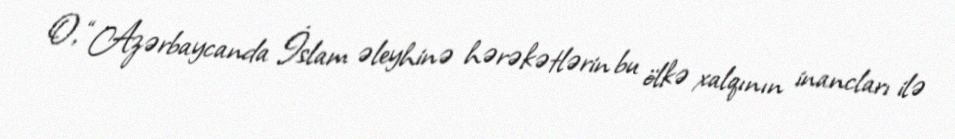
O, “Azərbaycanda İslam əleyhinə hərəkətlərin bu ölkə xalqının inancları ilə